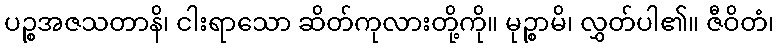
ပဉ္စအဇသတာနိ၊ ငါးရာသော ဆိတ်ကုလားတို့ကို။ မုဉ္စာမိ၊ လွှတ်ပါ၏။ ဇီဝိတံ၊